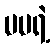
မမရဲ့